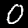
Label: 0